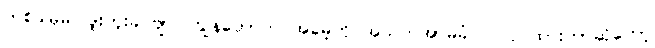
တစ်ခါမှမပြဖူးဘူးခင်ဗျာ၊ ကျွန်တော်က အမေ့ကို အသက်အာမခံလဲ လုပ်ထားတာဆိုတော့